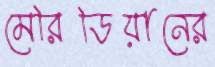
মেরিডিয়ানের